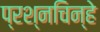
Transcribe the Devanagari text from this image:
प्रश्नचिन्हे